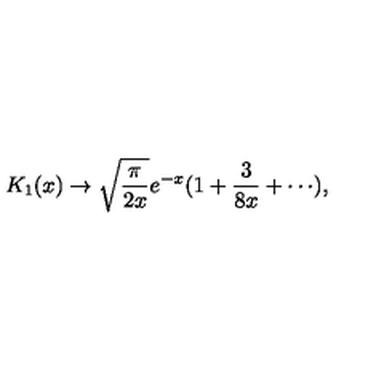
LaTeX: K _ { 1 } ( x ) \to \sqrt { { \frac { \pi } { 2 x } } } e ^ { - x } ( 1 + { \frac { 3 } { 8 x } } + \cdots ) ,